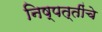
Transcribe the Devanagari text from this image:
निष्पत्तींचे